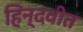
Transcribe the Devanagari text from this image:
हिन्दवीत